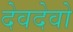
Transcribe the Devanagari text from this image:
देवदेवो